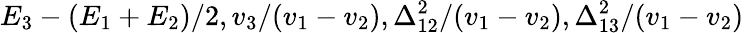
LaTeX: E_{3}-(E_{1}+E_{2})/2,v_{3}/(v_{1}-v_{2}),\Delta_{12}^{2}/(v_{1}-v_{2}),\Delta_{13}^{2}/(v_{1}-v_{2})